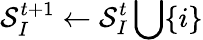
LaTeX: \mathcal{S}_{I}^{t+1}\leftarrow\mathcal{S}_{I}^{t}\bigcup\{ i\}